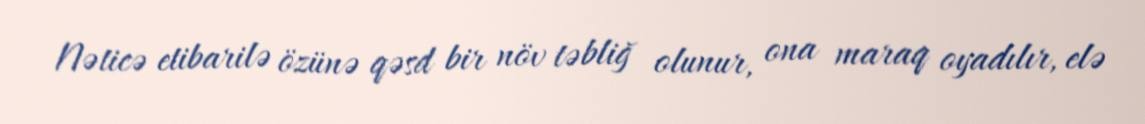
Nəticə etibarilə özünə qəsd bir növ təbliğ olunur, ona maraq oyadılır, elə